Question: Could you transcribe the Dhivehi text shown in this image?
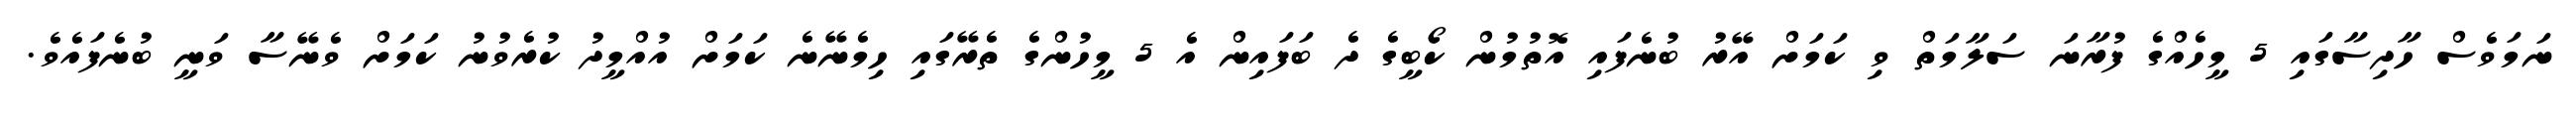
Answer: ނަމަވެސް ހާދިސާގައި 5 މީހެއްގެ ފުރާނަ ސަލާމަތް ވި ކަމަށް އޭރު ބުނެފައި އޮތުމުން ކޯބީގެ ދެ ބަފައިން އެ 5 މީހުންގެ ތެރޭގައި ހިމެނޭނެ ކަމަށް އުއްމީދު ކުރެވުނު ކަމަށް ވެނޭސާ ވަނީ ބުނެފައެވެ.